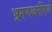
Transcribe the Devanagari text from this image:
भ्रमणध्वनींमध्ये